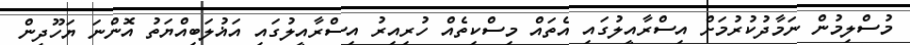
މުސްލިމުން ނަމާދުކުރުމަށް އިސްރާއީލުގައި އެތައް މިސްކިތެއް ހުރިއިރު އިސްރާއީލުގައި އަޣުލަބިއްޔަތު އޮންނަ ޔަހޫދީން